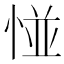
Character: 𢛰